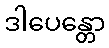
ဒါပေန္တော